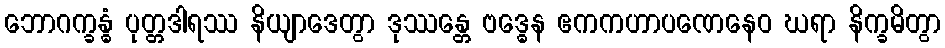
ဘောဂက္ခန္ဓံ ပုတ္တဒါရဿ နိယျာဒေတွာ ဒုဿန္တေ ဗဒ္ဓေန ဧကကဟာပဏေနေဝ ဃရာ နိက္ခမိတွာ